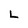
Character: L